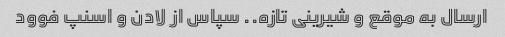
ارسال به موقع و شیرینی تازه.. سپاس از لادن و اسنپ فوود